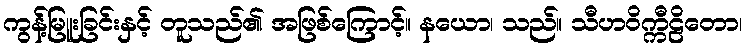
ကွန့်မြူးခြင်းနှင့် တူသည်၏ အဖြစ်ကြောင့်။ နယော၊ သည်။ သီဟဝိက္ကီဠိတော၊